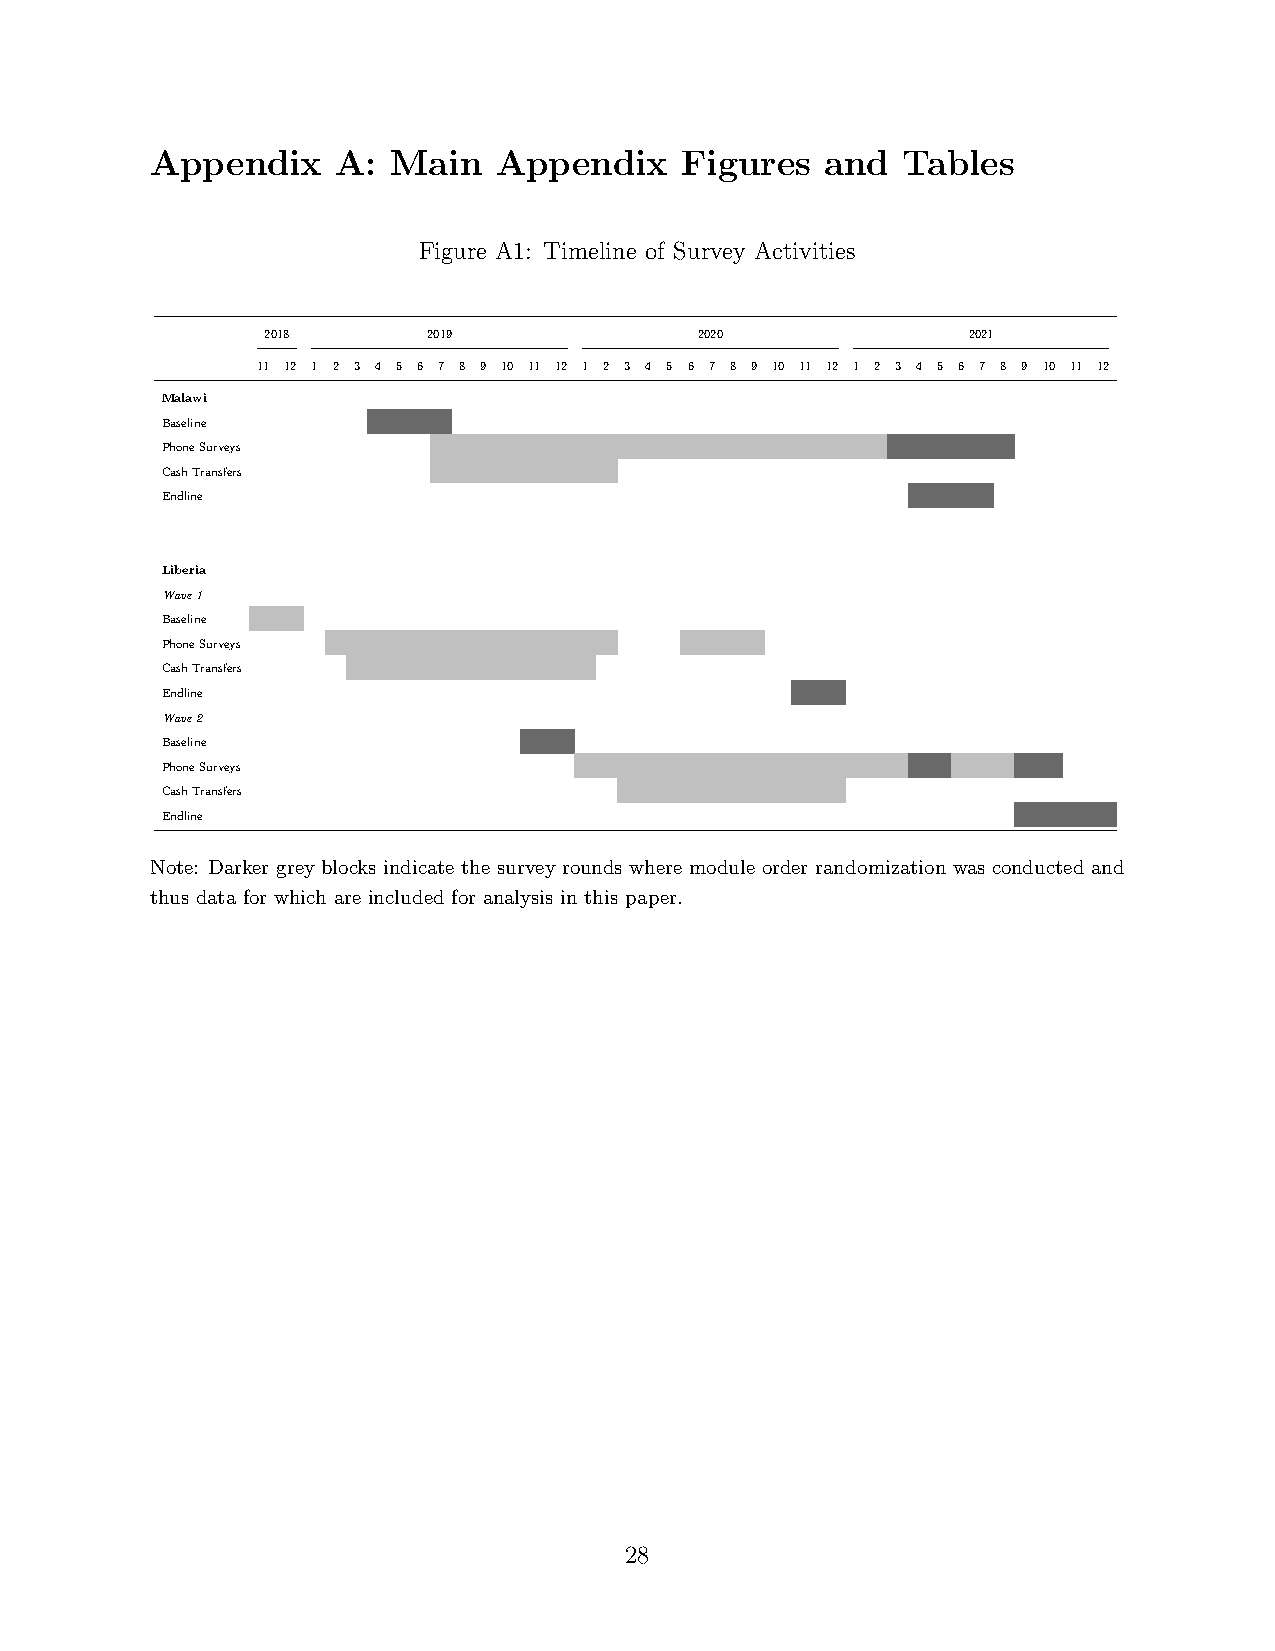
Appendix    A:  Main   Appendix    Figures   and  Tables
 Figure A1: Timeline of Survey Activities
 2018      2019              2020              2021
 11 12 1 2 3 4 5 6 7 8 9 10 11 12 1 2 3 4 5 6 7 8 9 10 11 12 1 2 3 4 5 6 7 8 9 10 11 12
 Malawi
 Baseline
 PhoneSurveys
 CashTransfers
 Endline
 Liberia
 Wave1
 Baseline
 PhoneSurveys
 CashTransfers
 Endline
 Wave2
 Baseline
 PhoneSurveys
 CashTransfers
 Endline
 Note: Darker grey blocks indicate the survey rounds where module order randomization was conducted and
 thus data for which are included for analysis in this paper.
 28